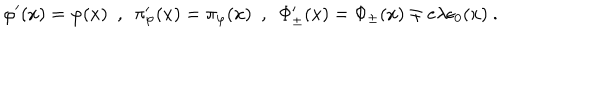
\varphi ^ { \prime } ( x ) = \varphi ( x ) \ \ , \ \ \pi _ { \varphi } ^ { \prime } ( x ) = \pi _ { \varphi } ( x ) \ \ , \ \ \Phi _ { \pm } ^ { \prime } ( x ) = \Phi _ { \pm } ( x ) \mp e \lambda \epsilon _ { 0 } ( x ) \ .